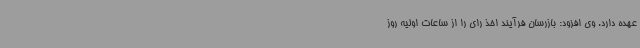
عهده دارد. وی افزود: بازرسان فرآیند اخذ رای را از ساعات اولیه روز